Report of the Indian Hemp Drugs Commission, 1894-1895 - Volume VII
Year: 1894
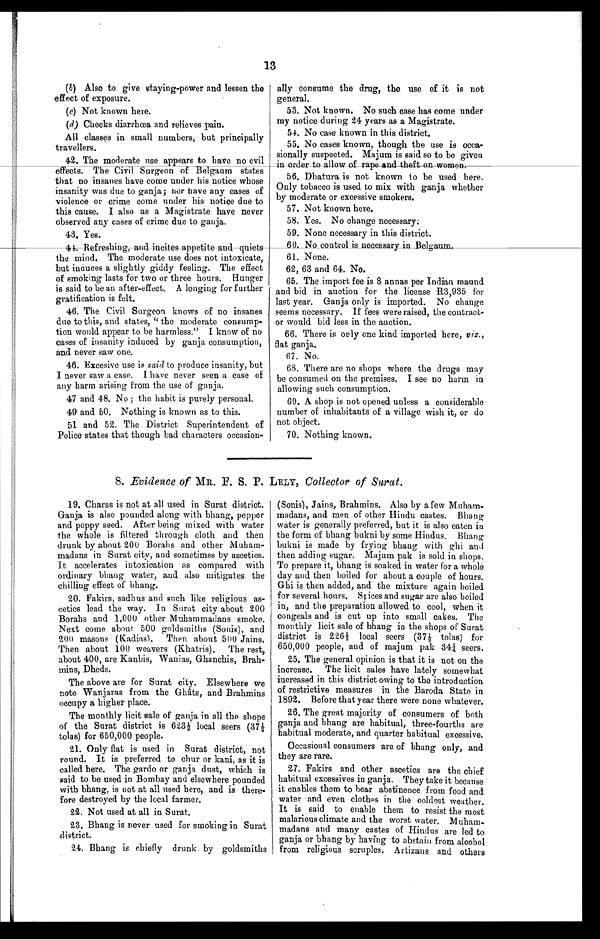
13
(b) Also to give staying-power and lessen the
effect of exposure.
(c) Not known here.
(d) Checks diarrhœa and relieves pain.
All classes in small numbers, but principally
travellers.
42. The moderate use appears to have no evil
effects. The Civil Surgeon of Belgaum states
that no insanes have come under his notice whose
insanity was due to ganja; nor have any cases of
violence or crime come under his notice due to
this cause. I also as a Magistrate have never
observed any cases of crime due to ganja.
43. Yes.
41. Refreshing, and incites appetite
and quiets
the mind. The moderate use does not intoxicate,
but induces a slightly giddy feeling. The effect
of smoking lasts for two or three hours. Hunger
is said to be an after-effect. A longing for further
gratification is felt.
46. The Civil Surgeon knows of no insanes
due to this, and states, " the moderate consump
-
tion would appear to be harmless." I know of no
cases of insanity induced by ganja consumption,
and never saw one.
46. Excesive use is said to produce insanity, but
I never saw a case. I have never seen a case of
any harm arising from the use of ganja.
47 and 48. No ; the habit is purely personal.
49 and 50. Nothing is known as to this.
51 and 52. The District Superintendent of
Police states that though bad characters occasion-
ally consume the drug, the use of it is not
general.
53. Not known. No such case has come under
my notice during 24 years as a Magistrate.
54. No case known in this district.
55. No cases known, though the use is occa
-
sionally suspected. Majum is said so to be given
in order to allow of rape and theft on women.
56.
Dhatura is not known to be used here.
Only tobacco is used to mix with ganja whether
by moderate or excessive smokers.
57. Not known here.
58. Yes. No change necessary.
59. None necessary in this district.
60. No control is necessary in Belgaum
.
61. None.
62, 63 and 64. No.
65. The import fee is 8 annas per Indian maund
and bid in auction for the license R3,935 for
last year. Ganja only is imported. No change
seems necessary. If fees were raised, the contract
-
or would bid less in the auction.
66. There is only one kind imported here, viz.,
flat ganja.
67. No.
68. There are no shops where the drugs may
be consumed on the premises. I see no harm in
allowing such consumption.
69. A shop is not opened unless a considerable
number of inhabitants of a village wish it, or do
not object.
70. Nothing known.
8. Evidence of MR. F. S. P. LELY, Collector of Surat.
19. Charas is not at all used in Surat district.
Ganja is also pounded along with bhang, pepper
and poppy seed. After being mixed with water
the whole is filtered through cloth and then
drunk by about 200 Borahs and other Muham
-
madans in Surat city, and sometimes by ascetics.
It accelerates intoxication as compared with
ordinary bhang water, and also mitigates the
chilling effect of bhang.
20. Fakirs, sadhus and such like religious as
-
cetics lead the way. In Surat city about 200
Borahs and 1,000 other Muhammadans smoke.
Next come about 500 goldsmiths (Sonis), and
200 masons (Kadias). Then about 500 Jains.
Then about 100 weavers (Khatris). The rest,
about 400, are Kanbis, Wanias, Ghanchis, Brah
-
mins, Dheds.
The above are for Surat city. Elsewhere we
note Wanjaras from the Ghâts, and Brahmins
occupy a higher place.
The monthly licit sale of ganja in all the shops
of the Surat district is 623½ local seers (37½
tolas) for 650,000 people.
21. Only flat is used in Surat district, not
round. It is preferred to chur or kani, as it is
called here. The gardo or ganja dust, which is
said to be used in Bombay and elsewhere pounded
with bhang, is not at all used here, and is there
-
fore destroyed by the local farmer.
22. Not used at all in Surat.
23. Bhang is never used for smoking in Surat
district.
24. Bhang is chiefly drunk by goldsmiths
(Sonis), Jains, Brahmins. Also by a few Muham
-
madans, and men of other Hindu castes. Bhang
water is generally preferred, but it is also eaten in
the form of bhang bukni by some Hindus. Bhang
bukni is made by frying bhang with ghi and
then adding sugar. Majum pak is sold in shops.
To prepare it, bhang is soaked in water for a whole
day and then boiled for about a couple of hours.
Ghi is then added, and the mixture again boiled
for several hours. Spices and sugar are also boiled
in, and the preparation allowed to cool, when it
congeals and is cut up into small cakes. The
monthly licit sale of bhang in the shops of Surat
district is 226½ local seers (37½ tolas) for
650,000 people, and of majum pak 34¼ seers.
25. The general opinion is that it is not on the
increase. The licit sales have lately somewhat
increased in this district owing to the introduction
of restrictive measures in the Baroda State in
1892. Before that year there were none whatever.
26. The great majority of consumers of both
ganja and bhang are habitual, three-fourths are
habitual moderate, and quarter habitual excessive.
Occasional consumers are of bhang only, and
they are rare.
27. Fakirs and other ascetics are the chief
habitual excessives in ganja. They take it because
it enables them to bear abstinence from food and
water and even clothes in the coldest weather.
It is said to enable them to resist the most
malarious climate and the worst water. Muham
-
madans and many castes of Hindus are led to
ganja or bhang by having to abstain from alcohol
from religious scruples. Artizans and others